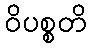
ဝိပစ္စတိ